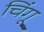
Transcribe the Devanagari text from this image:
चिंगू